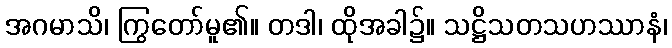
အဂမာသိ၊ ကြွတော်မူ၏။ တဒါ၊ ထိုအခါ၌။ သဋ္ဌိသတသဟဿာနံ၊